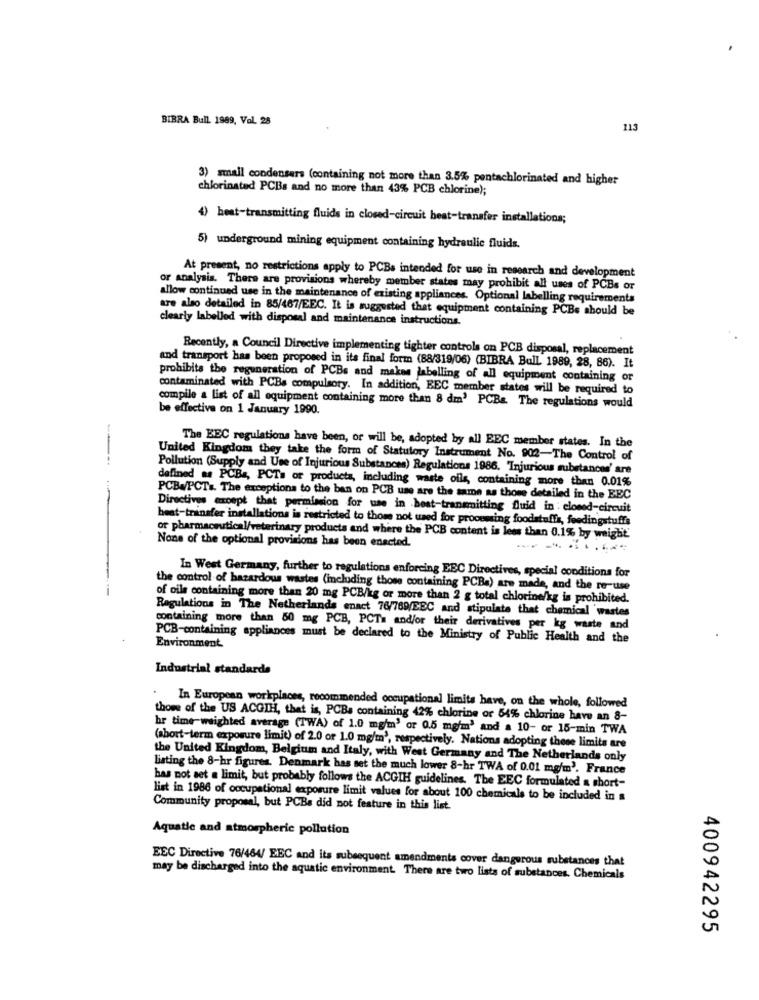
BIBRA Bull 1989, Vol. 28
113
3) small condensers (containing not more than 3.5% pentachlorinated and higher
chlorinated PCBs and no more than 43% PCB chlorine);
4) heat-transmitting fluids in closed-circuit best-transfer installations;
5) underground mining equipment containing hydraulic fluids.
At present, no restrictions apply to PCBs intended for use in research and development
or analysis. There are provisions whereby member states may prohibit all uses of PCBs or
allow continued use in the maintenance of existing appliances. Optional labelling requirements
are also detailed in 85/467/EEC. It is suggested that equipment containing PCBs should be
clearly labelled with disposal and maintenance instructions.
Recently, a Council Directive implementing tighter controls on PCB disposal, replacement
and transport has been proposed in its final form (88/319/06) (BIBRA Bull 1989, 28, 86). It
prohibits the regeneration of PCBs and makes labelling of all equipment containing or
contaminated with PCBs compulsory. In addition, BEC member states will be required to
compile a list of all equipment containing more than 8 dm' PCBs. The regulations would
be effective on 1 January 1990.
-
The EEC regulations have been, or will be, adopted by all EEC member states. In the
United Kingdom they take the form of Statutory Instrument No. 902-The Control of
Pollution (Supply and Use of Injurious Substances) Regulations 1986. "Injurious substances' are
defined as PCBs, PCTs or products, including waste oils, containing more than 0.01%
PCB./PCTs. The exceptions to the ban on PCB use are the same as those detailed in the BEC
Directivas except that permission for use in heat-transmitting fluid in : closed-circuit
heat-transfer installations is restricted to those not used for processing foodstuffs, feedingstuffs
of pharmaceutical/veterinary products and where the PCB content is less than 0.1% by weight'
None of the optional provisions has been enacted.
In West Germany, further to regulations enforcing EEC Directives, special conditions for
the control of hazardous wastes (including those containing PCBs) are made, and the re-use
of oils containing more than 20 mg PCB/kg or more than 2 g total chlorine/kg is prohibited.
Regulations in The Netherlands enact 76/789/EEC and stipulate that chemical wartes
containing more than 50 mg PCB, PCTs and/or their derivatives per kg waste and
PCB-containing appliances must be declared to the Ministry of Public Health and the
Environment
Industrial standards
In European workplaces, recommended occupational limits have, on the whole, followed
those of the US ACGIH, that is, PCBs containing 42% chlorine or 54% chlorine have an 8-
hr time- weighted average (TWA) of 1.0 mg/m' or 0.5 mg/m' and a 10- or 15-min TWA
(short-term exposure limit) of 2.0 or 1.0 mg/m', respectively. Nations adopting these limits are
the United Kingdom, Belgium and Italy, with West Germany and The Netherlands only
listing the 8-hr figures. Denmark has set the much lower 8-hr TWA of 0.01 mg/m'. France
has not set a limit, but probably follows the ACGIH guidelines. The EEC formulated a short-
list in 1986 of occupational exposure limit values for about 100 chemicals to be included in a
Community proposal, but PCBs did not feature in this list.
Aquatic and atmospheric pollution
EEC Directive 76/464/ EEC and its subsequent amendments cover dangerous substances that
may be discharged into the aquatic environment. There are two lists of substances. Chemicals
400942295